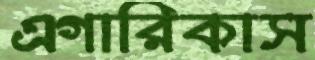
এগারিকাস